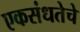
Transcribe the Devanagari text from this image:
एकसंधतेचे